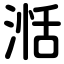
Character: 湉